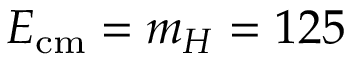
E _ { \mathrm { { c m } } } = m _ { H } = 1 2 5